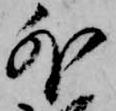
外